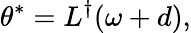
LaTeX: \theta^{*}=L^{\dagger}(\omega+d),